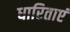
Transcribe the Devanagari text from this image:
धारिताएं